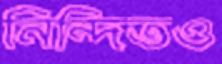
নিন্দিতও